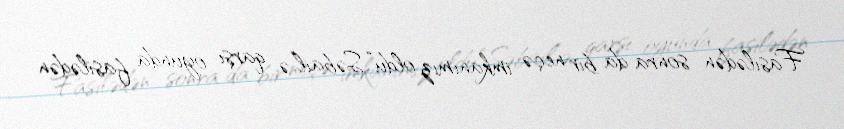
Fasilədən sonra da bir neçə imkanımız oldu.“Səbail”ə qarşı oyunda fasilədən